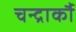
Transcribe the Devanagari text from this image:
चन्द्रार्कौ